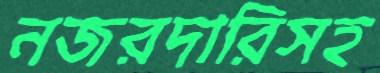
নজরদারিসহ